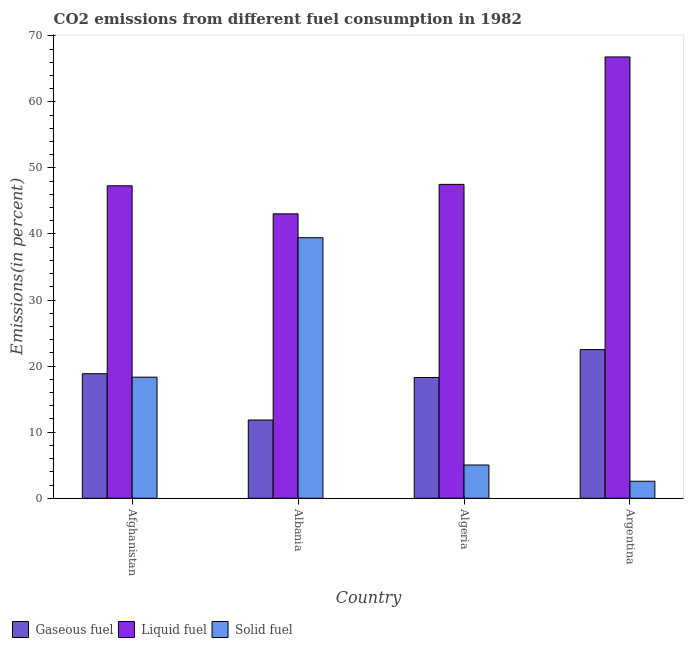
| Country | Gaseous fuel | Liquid fuel | Solid fuel |
 | --- | --- | --- | --- |
 | Afghanistan | 18.8 | 47.3 | 18.3 |
 | Albania | 11.8 | 43.1 | 39.4 |
 | Algeria | 18.3 | 47.5 | 5.03 |
 | Argentina | 22.5 | 66.8 | 2.57 |